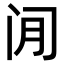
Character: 𫔮